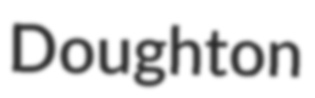
Doughton